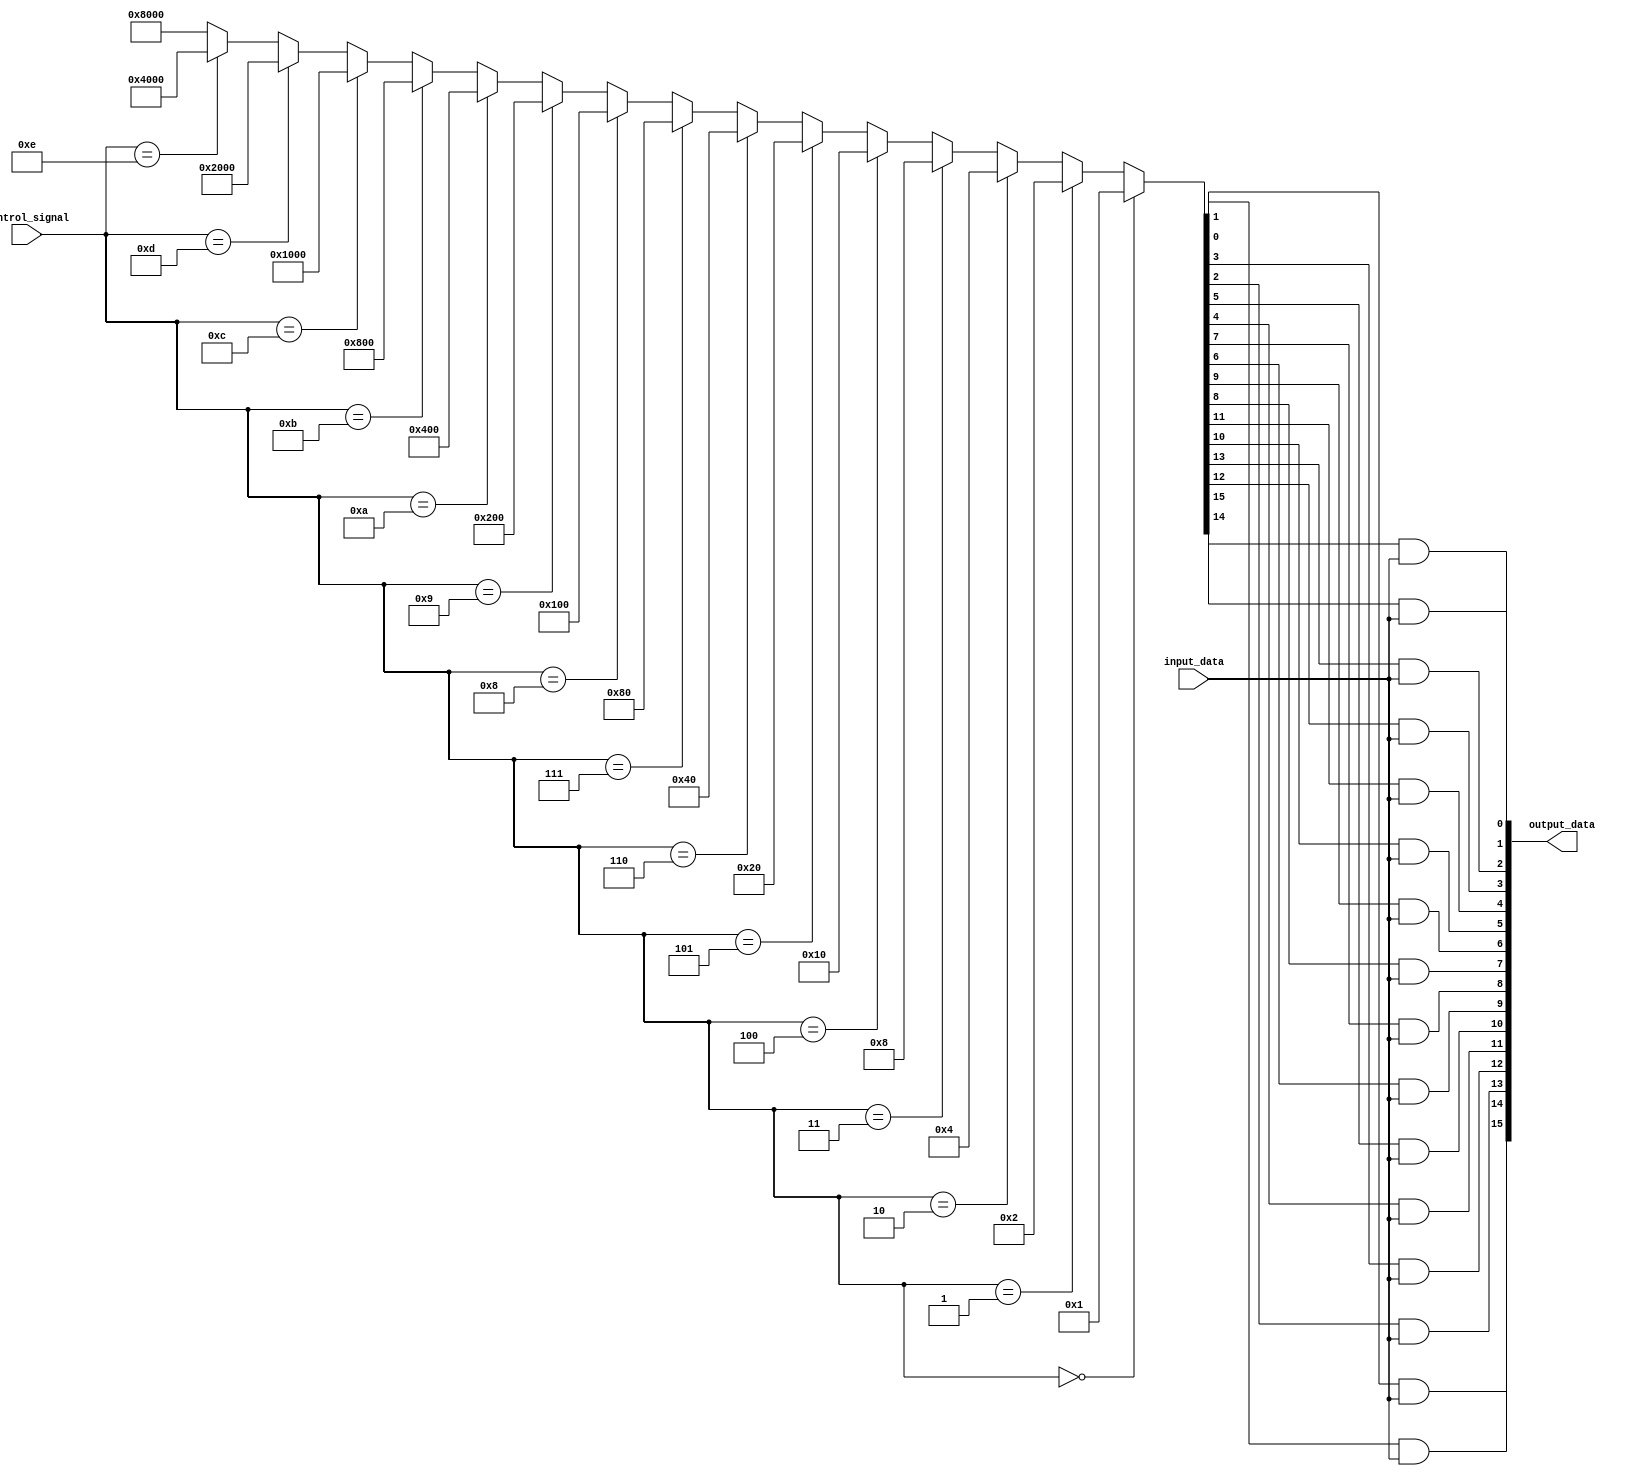
module demultiplexer_1to16(input wire input_data, input wire [3:0] control_signal, output wire [15:0] output_data);

    // Decoder to generate selection signals based on control signal
    wire [15:0] selection_signals;
    assign selection_signals = (control_signal == 4'b0000) ? 16'b0000000000000001 :
                                 (control_signal == 4'b0001) ? 16'b0000000000000010 :
                                 (control_signal == 4'b0010) ? 16'b0000000000000100 :
                                 (control_signal == 4'b0011) ? 16'b0000000000001000 :
                                 (control_signal == 4'b0100) ? 16'b0000000000010000 :
                                 (control_signal == 4'b0101) ? 16'b0000000000100000 :
                                 (control_signal == 4'b0110) ? 16'b0000000001000000 :
                                 (control_signal == 4'b0111) ? 16'b0000000010000000 :
                                 (control_signal == 4'b1000) ? 16'b0000000100000000 :
                                 (control_signal == 4'b1001) ? 16'b0000001000000000 :
                                 (control_signal == 4'b1010) ? 16'b0000010000000000 :
                                 (control_signal == 4'b1011) ? 16'b0000100000000000 :
                                 (control_signal == 4'b1100) ? 16'b0001000000000000 :
                                 (control_signal == 4'b1101) ? 16'b0010000000000000 :
                                 (control_signal == 4'b1110) ? 16'b0100000000000000 :
                                 16'b1000000000000000;

    // Output data selection based on input and selection signals
    assign output_data = {selection_signals[0] & input_data, selection_signals[1] & input_data,
                          selection_signals[2] & input_data, selection_signals[3] & input_data,
                          selection_signals[4] & input_data, selection_signals[5] & input_data,
                          selection_signals[6] & input_data, selection_signals[7] & input_data,
                          selection_signals[8] & input_data, selection_signals[9] & input_data,
                          selection_signals[10] & input_data, selection_signals[11] & input_data,
                          selection_signals[12] & input_data, selection_signals[13] & input_data,
                          selection_signals[14] & input_data, selection_signals[15] & input_data};

endmodule